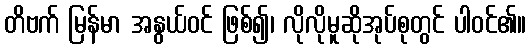
တိဗက် မြန်မာ အနွယ်ဝင် ဖြစ်၍၊ လိုလိုမူဆိုအုပ်စုတွင် ပါဝင်၏။